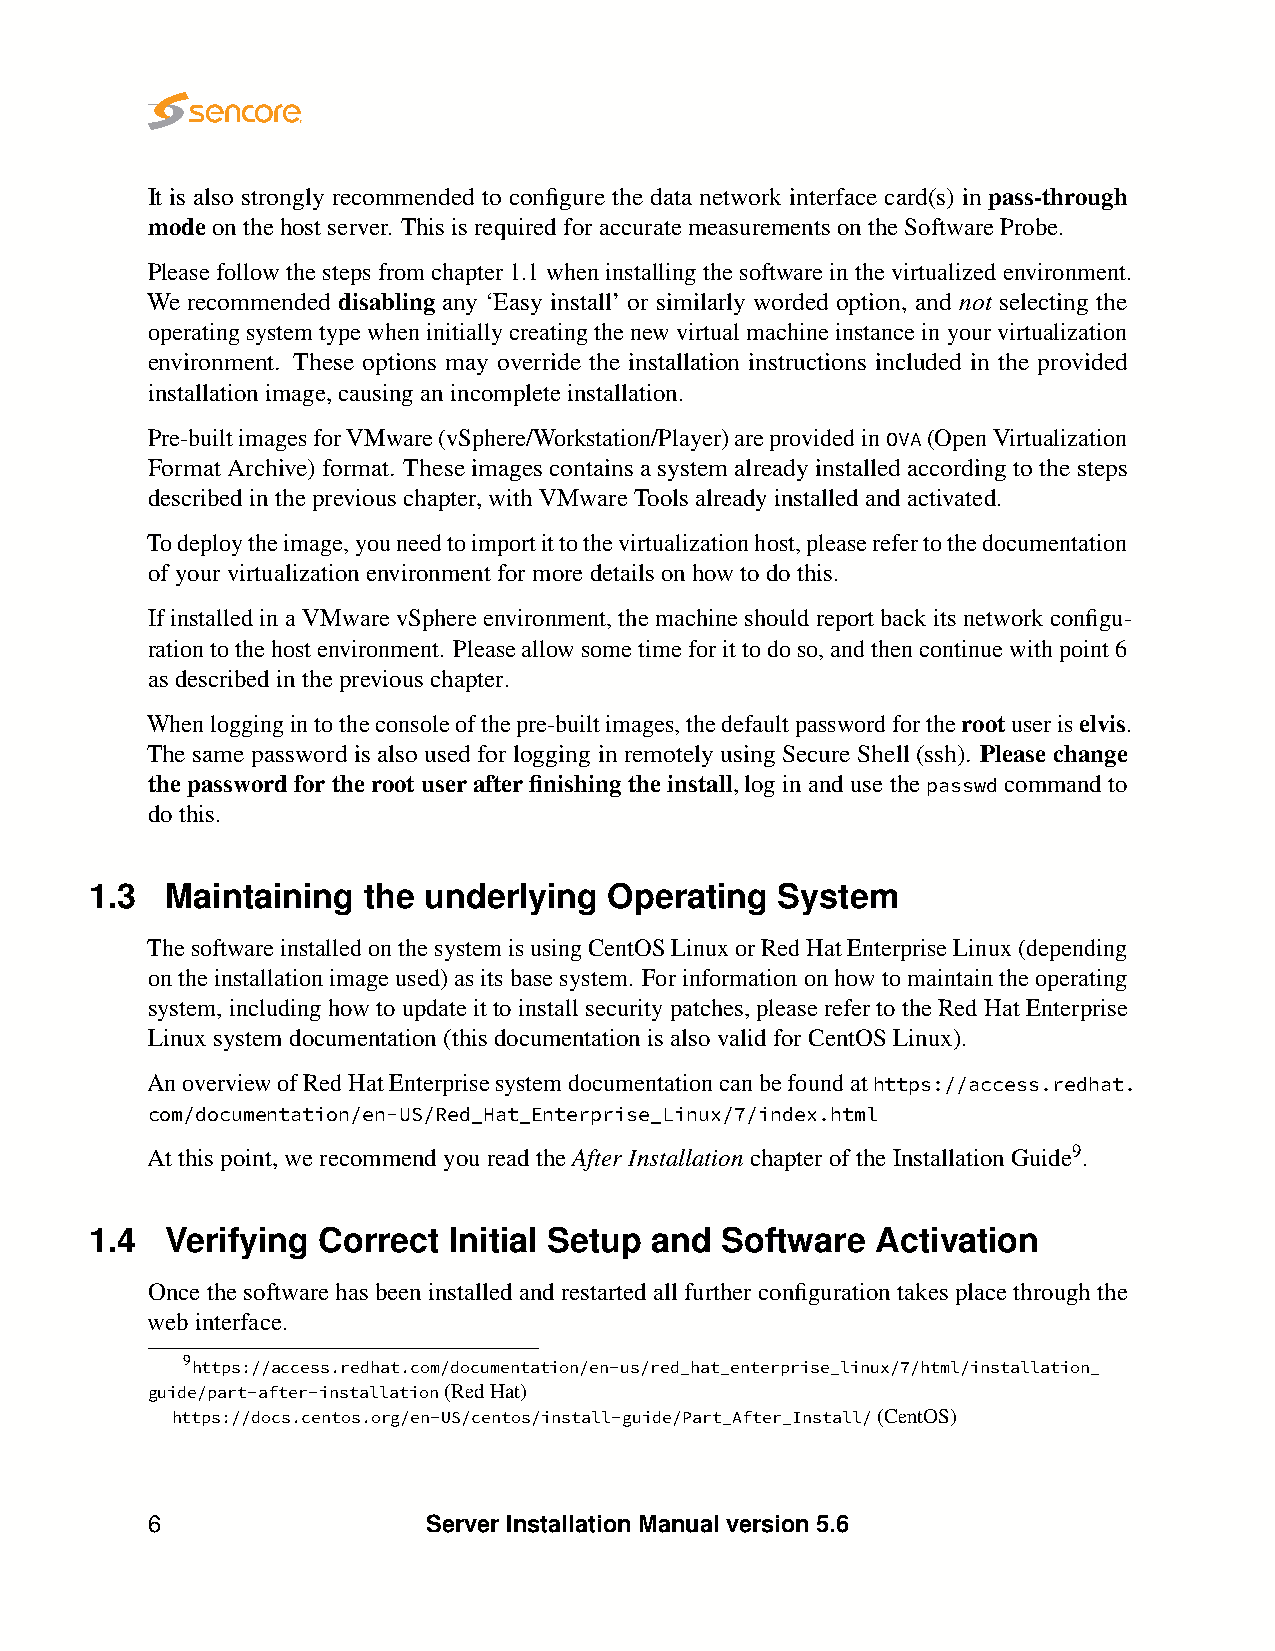
It is also strongly recommended to configure the data network interface card(s) in pass-through
 modeonthehostserver. ThisisrequiredforaccuratemeasurementsontheSoftwareProbe.
 Pleasefollowthestepsfromchapter1.1wheninstallingthesoftwareinthevirtualizedenvironment.
 We recommended disabling any ‘Easy install’ or similarly worded option, and not selecting the
 operatingsystemtypewheninitiallycreatingthenewvirtualmachineinstanceinyourvirtualization
 environment. These options may override the installation instructions included in the provided
 installationimage,causinganincompleteinstallation.
 Pre-builtimagesforVMware(vSphere/Workstation/Player)areprovidedinOVA(OpenVirtualization
 FormatArchive)format. Theseimagescontainsasystemalreadyinstalledaccordingtothesteps
 describedinthepreviouschapter,withVMwareToolsalreadyinstalledandactivated.
 Todeploytheimage,youneedtoimportittothevirtualizationhost,pleaserefertothedocumentation
 ofyourvirtualizationenvironmentformoredetailsonhowtodothis.
 Ifinstalledin aVMwarevSphereenvironment,themachineshould reportbackitsnetworkconfigu-
 rationtothehostenvironment. Pleaseallowsometimeforittodoso,andthencontinuewithpoint6
 asdescribedinthepreviouschapter.
 Whenloggingintotheconsoleofthepre-builtimages,thedefaultpasswordfortherootuseriselvis.
 The same password is also used for logging in remotely using Secure Shell (ssh). Please change
 thepasswordfortherootuserafterfinishingtheinstall,loginandusethepasswdcommandto
 dothis.
 1.3  Maintaining  the underlying  Operating  System
 ThesoftwareinstalledonthesystemisusingCentOSLinuxorRedHatEnterpriseLinux(depending
 ontheinstallationimageused)asitsbasesystem. Forinformationonhowtomaintaintheoperating
 system,includinghowtoupdateittoinstallsecuritypatches,pleaserefertotheRedHatEnterprise
 Linuxsystemdocumentation(thisdocumentationisalsovalidforCentOSLinux).
 AnoverviewofRedHatEnterprisesystemdocumentationcanbefoundathttps://access.redhat.
 com/documentation/en-US/Red_Hat_Enterprise_Linux/7/index.html
 Atthispoint,werecommendyoureadtheAfterInstallationchapteroftheInstallationGuide9.
 1.4  Verifying Correct  Initial Setup and Software  Activation
 Oncethesoftwarehasbeeninstalledandrestartedallfurtherconfigurationtakesplacethroughthe
 webinterface.
 9https://access.redhat.com/documentation/en-us/red_hat_enterprise_linux/7/html/installation_
 guide/part-after-installation(RedHat)
 https://docs.centos.org/en-US/centos/install-guide/Part_After_Install/(CentOS)
 6                 Server Installation Manual version 5.6